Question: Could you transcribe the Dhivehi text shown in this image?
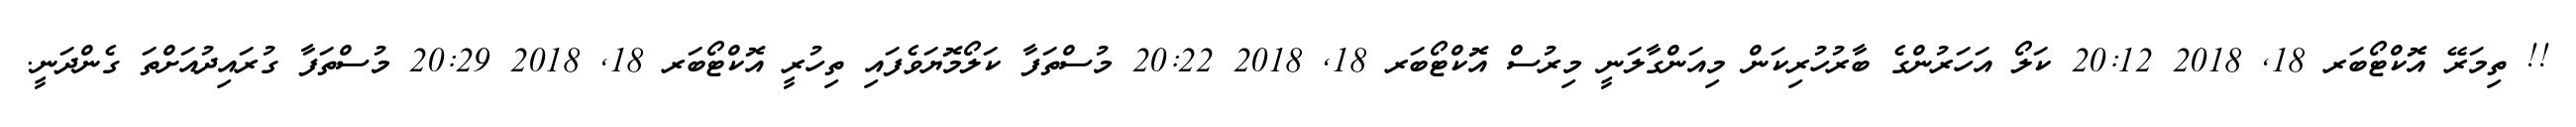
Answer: !! ތިމަރޭ އޮކްޓޯބަރ 18, 2018 20:12 ކަލޯ އަހަރުންގެ ބާރުހުރިކަން މިއަންގާލަނީ މިރުސް އޮކްޓޯބަރ 18, 2018 20:22 މުސްތަފާ ކަލޯމޮޔަވެފައި ތިހުރީ އޮކްޓޯބަރ 18, 2018 20:29 މުސްތަފާ ގުރައިދުއަށްތަ ގެންދަނީ.